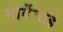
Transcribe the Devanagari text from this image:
मोर्देचाई